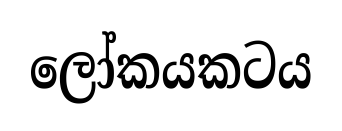
ලෝකයකටය